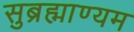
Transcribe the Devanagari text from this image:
सुब्रह्माण्यम